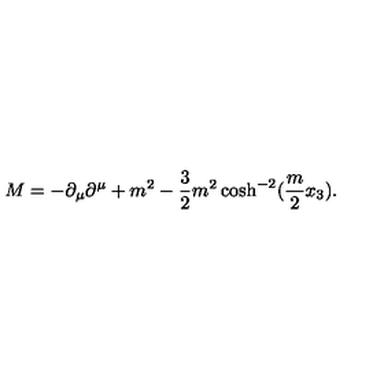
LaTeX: M = - \partial _ { \mu } \partial ^ { \mu } + m ^ { 2 } - \frac { 3 } { 2 } m ^ { 2 } \cosh ^ { - 2 } ( \frac { m } { 2 } x _ { 3 } ) .